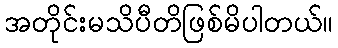
အတိုင်းမသိပီတိဖြစ်မိပါတယ်။